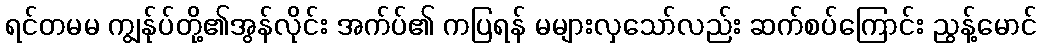
ရင်တမမ ကျွန်ုပ်တို့၏အွန်လိုင်း အက်ပ်၏ ကပြရန် မများလှသော်လည်း ဆက်စပ်ကြောင်း ညွန့်မောင်